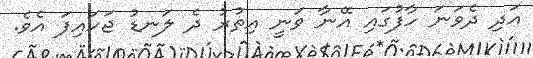
އަދި ދެވަނަ ހާފުގައި އޭނާ ވަނީ އިތުރު ދެ ލަނޑު ޖަހައިފަ އެވެ.